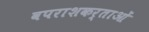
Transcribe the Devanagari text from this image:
वपराशकर्ताओं